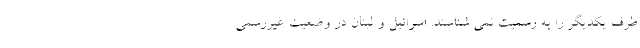
طرف یکدیگر را به رسمیت نمی شناسند. اسرائیل و لبنان در وضعیت غیررسمی